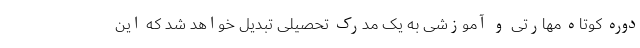
دوره کوتاه مهارتی و آموزشی به یک مدرک تحصیلی تبدیل خواهد شد که این